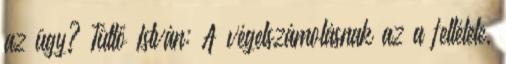
az ügy? Tüttő István: A végelszámolásnak az a feltétele,